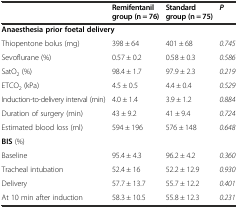
<table><thead><tr><td></td><td><b>Remifentanil group (n = 76)</b></td><td><b>Standard group (n = 75)</b></td><td><b><i>P</i></b></td></tr></thead><tbody><tr><td colspan="4"><b>Anaesthesia prior foetal delivery</b></td></tr><tr><td>Thiopentone bolus (mg)</td><td>398 ± 64</td><td>401 ± 68</td><td><i>0.745</i></td></tr><tr><td>Sevoflurane (%)</td><td>0.57 ± 0.2</td><td>0.58 ± 0.3</td><td><i>0.586</i></td></tr><tr><td>SatO<sub>2</sub> (%)</td><td>98.4 ± 1.7</td><td>97.9 ± 2.3</td><td><i>0.219</i></td></tr><tr><td>ETCO<sub>2</sub> (kPa)</td><td>4.5 ± 0.5</td><td>4.4 ± 0.4</td><td><i>0.529</i></td></tr><tr><td>Induction-to-delivery interval (min)</td><td>4.0 ± 1.4</td><td>3.9 ± 1.2</td><td><i>0.884</i></td></tr><tr><td>Duration of surgery (min)</td><td>43 ± 9.2</td><td>41 ± 9.4</td><td><i>0.724</i></td></tr><tr><td>Estimated blood loss (ml)</td><td>594 ± 196</td><td>576 ± 148</td><td><i>0.648</i></td></tr><tr><td colspan="4"><b>BIS</b> (%)</td></tr><tr><td>Baseline</td><td>95.4 ± 4.3</td><td>96.2 ± 4.2</td><td><i>0.360</i></td></tr><tr><td>Tracheal intubation</td><td>52.4 ± 16</td><td>52.2 ± 12.9</td><td><i>0.930</i></td></tr><tr><td>Delivery</td><td>57.7 ± 13.7</td><td>55.7 ± 12.2</td><td><i>0.401</i></td></tr><tr><td>At 10 min after induction</td><td>58.3 ± 10.5</td><td>55.8 ± 12.3</td><td><i>0.231</i></td></tr></tbody></table>